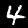
Digit: 4